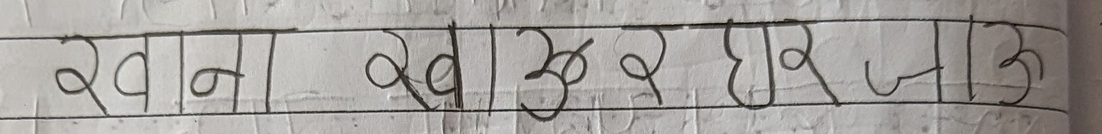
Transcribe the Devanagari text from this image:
खाना खाएर घर जाऊ